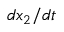
d x _ { 2 } / d t